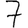
Digit: 7